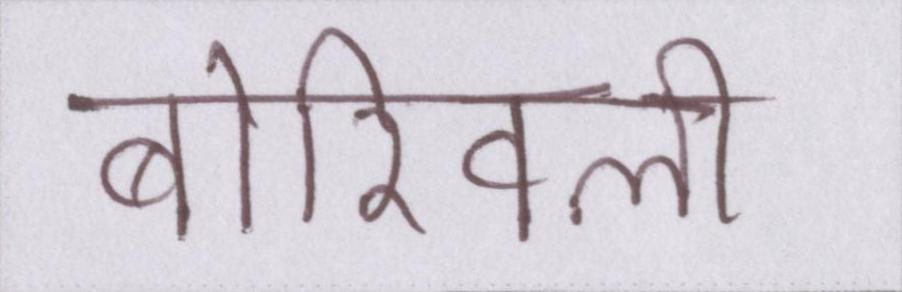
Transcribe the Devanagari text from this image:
बोरिवली